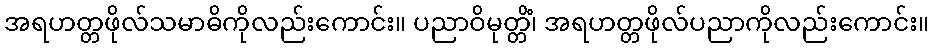
အရဟတ္တဖိုလ်သမာဓိကိုလည်းကောင်း။ ပညာဝိမုတ္တိံ၊ အရဟတ္တဖိုလ်ပညာကိုလည်းကောင်း။